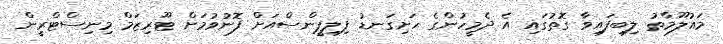
މައުލޫމާތު ލިބިފައިވާ ގޮތުގައި އެ ދެމީހުންގެ ހަށިގަނޑު ފިލިޕީންސްއަށް ފޮނުވުމަށް ޓޫރިޒަމް މިނިސްޓްރީން